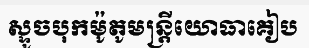
ស្ទូចបុកម៉ូតូមន្ត្រីយោធាគៀប